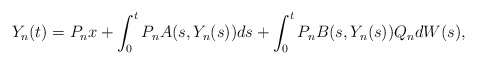
\begin{align*}Y_n(t) = P_n x +\int_0^t P_n A(s,Y_n(s))ds + \int_0^t P_n B(s,Y_n(s))Q_n dW(s),\end{align*}